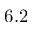
6 . 2